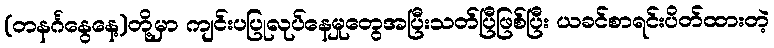
(တနင်္ဂနွေနေ့)တို့မှာ ကျင်းပပြုလုပ်နေမှုတွေအပြီးသတ်ပြီဖြစ်ပြီး ယခင်စာရင်းပိတ်ထားတဲ့